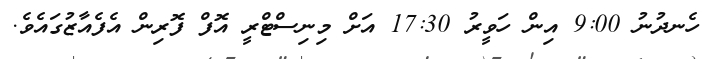
ހެނދުނު 9:00 އިން ހަވީރު 17:30 އަށް މިނިސްޓްރީ އޮފް ފޮރިން އެފެއާޒުގައެވެ.